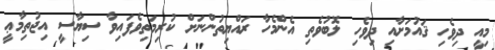
މިއީ ދިވެހި ޤައުމަށާއި ދިވެހި ލޮބުވެތި އެންމެހާ ރައްޔިތުންނަށް ކުރިމަތިވެފައިވާ ސިޔާސީ އިޖުތިމާޢީ